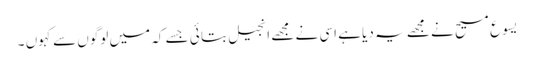
یسوع مسیح نے مجھے یہ دیا ہے اسی نے مجھے انجیل بتا ئی جسے کہ میں لوگوں سے کہوں ۔